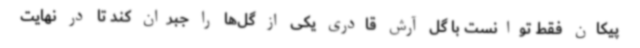
پیکان فقط توانست با گل آرش قادری یکی از گل‌ها را جبران کند تا در نهایت